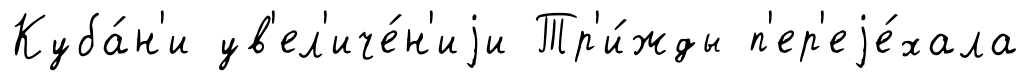
Куба́н'и ув'ел'иче́н'иjи Тр'и́жды п'ер'еjе́хала